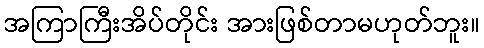
အကြာကြီးအိပ်တိုင်း အားဖြစ်တာမဟုတ်ဘူး။